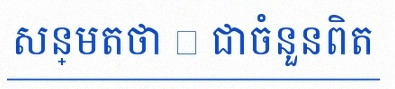
សន្មតថា x ជាចំនួនពិត